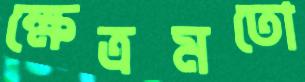
ক্ষেত্রমতো